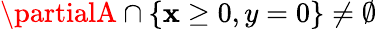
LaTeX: \partialA\cap\{ \mathbf{x}\geq0,y=0\} \neq\emptyset